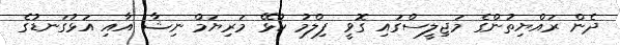
ދެން ރައްޔިތުންގެ މަޖިލީސްގައި ގޮވީ ފިލްމު ކުޅޭ މަރިޔަމް ނިޝާ އާއި އަޅުގަނޑުގެ